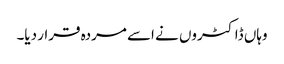
وہاں ڈاکٹروں نے اسے مردہ قرار دیا۔